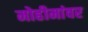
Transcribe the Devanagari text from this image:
मोहीमांवर